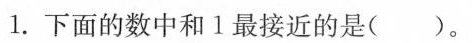
1.下面的数中和1最接近的是()。